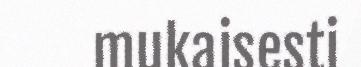
mukaisesti